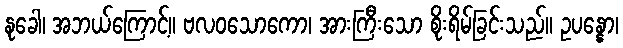
နုခေါ၊ အဘယ်ကြောင့်။ ဗလဝသောကော၊ အားကြီးသော စိုးရိမ်ခြင်းသည်။ ဥပန္နော၊